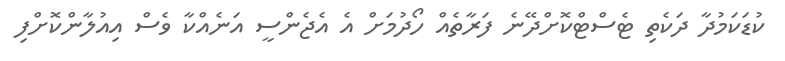
ކުޑަކަމުދާ ދަކެތި ޓެސްޓްކޮށްދޭނެ ފަރާތެއް ހޯދުމަށް އެ އެޖެންސީ އަނެއްކާ ވެސް އިއުލާންކޮށްފި